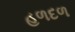
હળદળ